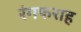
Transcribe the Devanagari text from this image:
रंगफराह